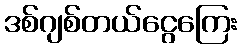
ဒစ်ဂျစ်တယ်ငွေကြေး